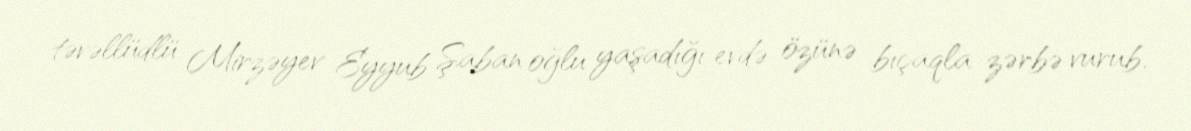
təvəllüdlü Mirzəyev Eyyub Şaban oğlu yaşadığı evdə özünə bıçaqla zərbə vurub.